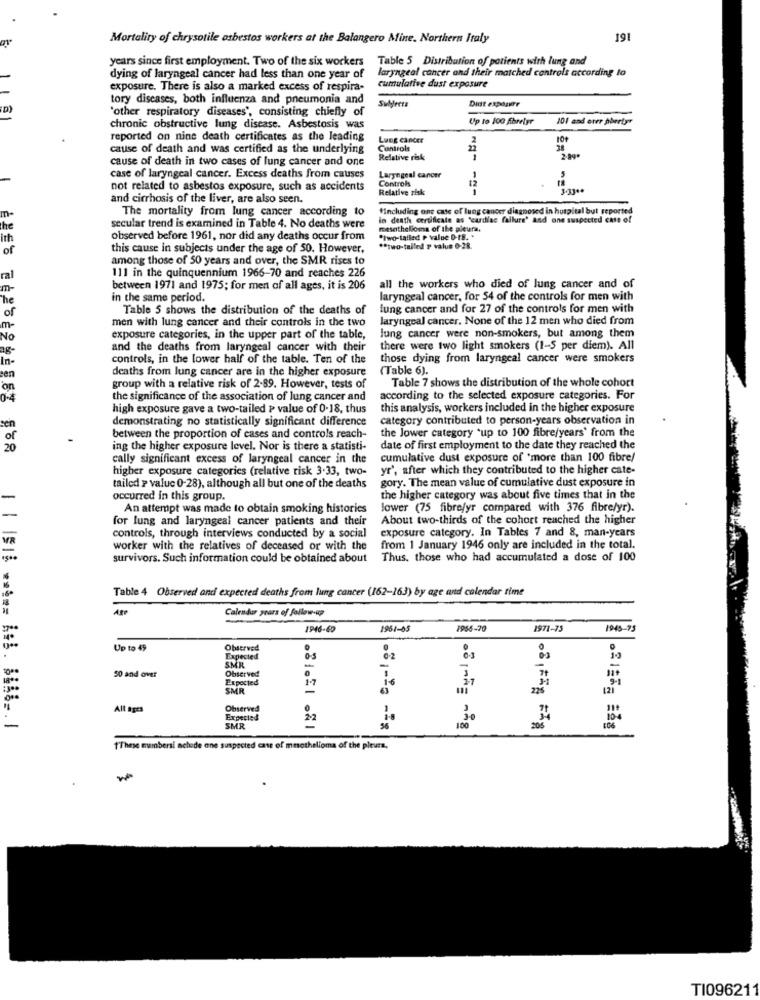
Mortality of chrysotile asbestos workers at the Balangero Mine. Northern Italy
191
years since first employment. Two of the six workers
Table 5 Distribution of patients with lung and
laryngeal cancer and their matched controls according to
dying of laryngeal cancer had less than one year of
exposure. There is also a marked excess of respira-
cumulative dust exposure
tory diseases, both influenza and pneumonia and
Didt exposure
D)
'other respiratory diseases', consisting chiefly of
Subjects
Up to 100 fibrefyr
101 and erer phertyr
chronic obstructive lung disease. Asbestosis was
reported on nine death certificates as the leading
Lung cancer
2
10
cause of death and was certified as the underlying
Controls
27
cause of death in two cases of lung cancer and one
Relative risk
1
case of laryngeal cancer. Excess deaths from causes
Laryngeal cancer
Controls
-
not related to asbestos exposure, such as accidents
Relative risk
12
1
3.33 **
and cirrhosis of the liver, are also seen.
The mortality from lung cancer according to
#Including ons case of lung cancer diagnosed in hospital but reported
m-
in death certificate as "cardiac failure' and one suspected case of
the
secular trend is examined in Table 4. No deaths were
mesothelioma of the pleura.
ith
observed before 1961, nor did any deaths occur from
"two-tailed P value D-18. .
of
this cause in subjects under the age of 50. However,
** two-tailed P value 0-28.
among those of 50 years and over, the SMR rises to
ral
111 in the quinquennium 1966-70 and reaches 226
m-
between 1971 and 1975; for men of all ages, it is 206
all the workers who died of lung cancer and of
The
in the same period.
laryngeal cancer, for 54 of the controls for men with
of
Table 5 shows the distribution of the deaths of
lung cancer and for 27 of the controls for men with
men with lung cancer and their controls in the two
laryngeal cancer. None of the 12 men who died from
m-
NO
exposure categories, in the upper part of the table,
lung cancer were non-smokers, but among them
and the deaths from laryngeal cancer with their
there were two light smokers (1-5 per diem). All
In-
controls, in the lower half of the table. Ten of the
those dying from laryngeal cancer were smokers
deaths from lung cancer are in the higher exposure
(Table 6).
ten
Table 7 shows the distribution of the whole cohort
'on
group with a relative risk of 2-89. However, tests of
04
the significance of the association of lung cancer and
according to the selected exposure categories. For
high exposure gave a two-tailed ? value of 0.18, thus
this analysis, workers included in the higher exposure
demonstrating no statistically significant difference
category contributed to person-years observation in
sen
the lower category "up to 100 fibre/years' from the
of
between the proportion of cases and controls reach-
20
ing the higher exposure level. Nor is there a statisti-
date of first employment to the date they reached the
cally significant excess of laryngeal cancer in the
cumulative dust exposure of 'more than 100 fibre/
higher exposure categories (relative risk 3.33, two-
yr', after which they contributed to the higher cate-
gory. The mean value of cumulative dust exposure in
tailed > valuc 0-28), although all but one of the deaths
occurred in this group.
the higher category was about five times that in the
An attempt was made to obtain smoking histories
lower (75 fibre/yr compared with 376 fibre/yr).
for lung and laryngeal cancer patients and their
About two-thirds of the cohort reached the higher
exposure category. In Tables 7 and 8, man-years
VR
controls, through interviews conducted by a social
worker with the relatives of deceased or with the
from 1 January 1946 only are included in the total.
survivors. Such information could be obtained about
Thus, those who had accumulated a dose of 100
Table 4 Observed and expected deaths from lung cancer (162-163) by age and calendar rime
Ate
Calendar years of follow-up
1946-60
1961-05
1956-20
1971-75
1943-73
Up to 49
Observed
.
Expected
SMR
-
18 **
50 and over
Exported
0
1.7
SMR
is
All ages
Observed
Expected
16%
SMR
206
T'These mumbersi nclude one suspected case of mesothelioma of the pleurs,
TI096211